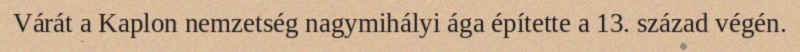
Várát a Kaplon nemzetség nagymihályi ága építette a 13. század végén.